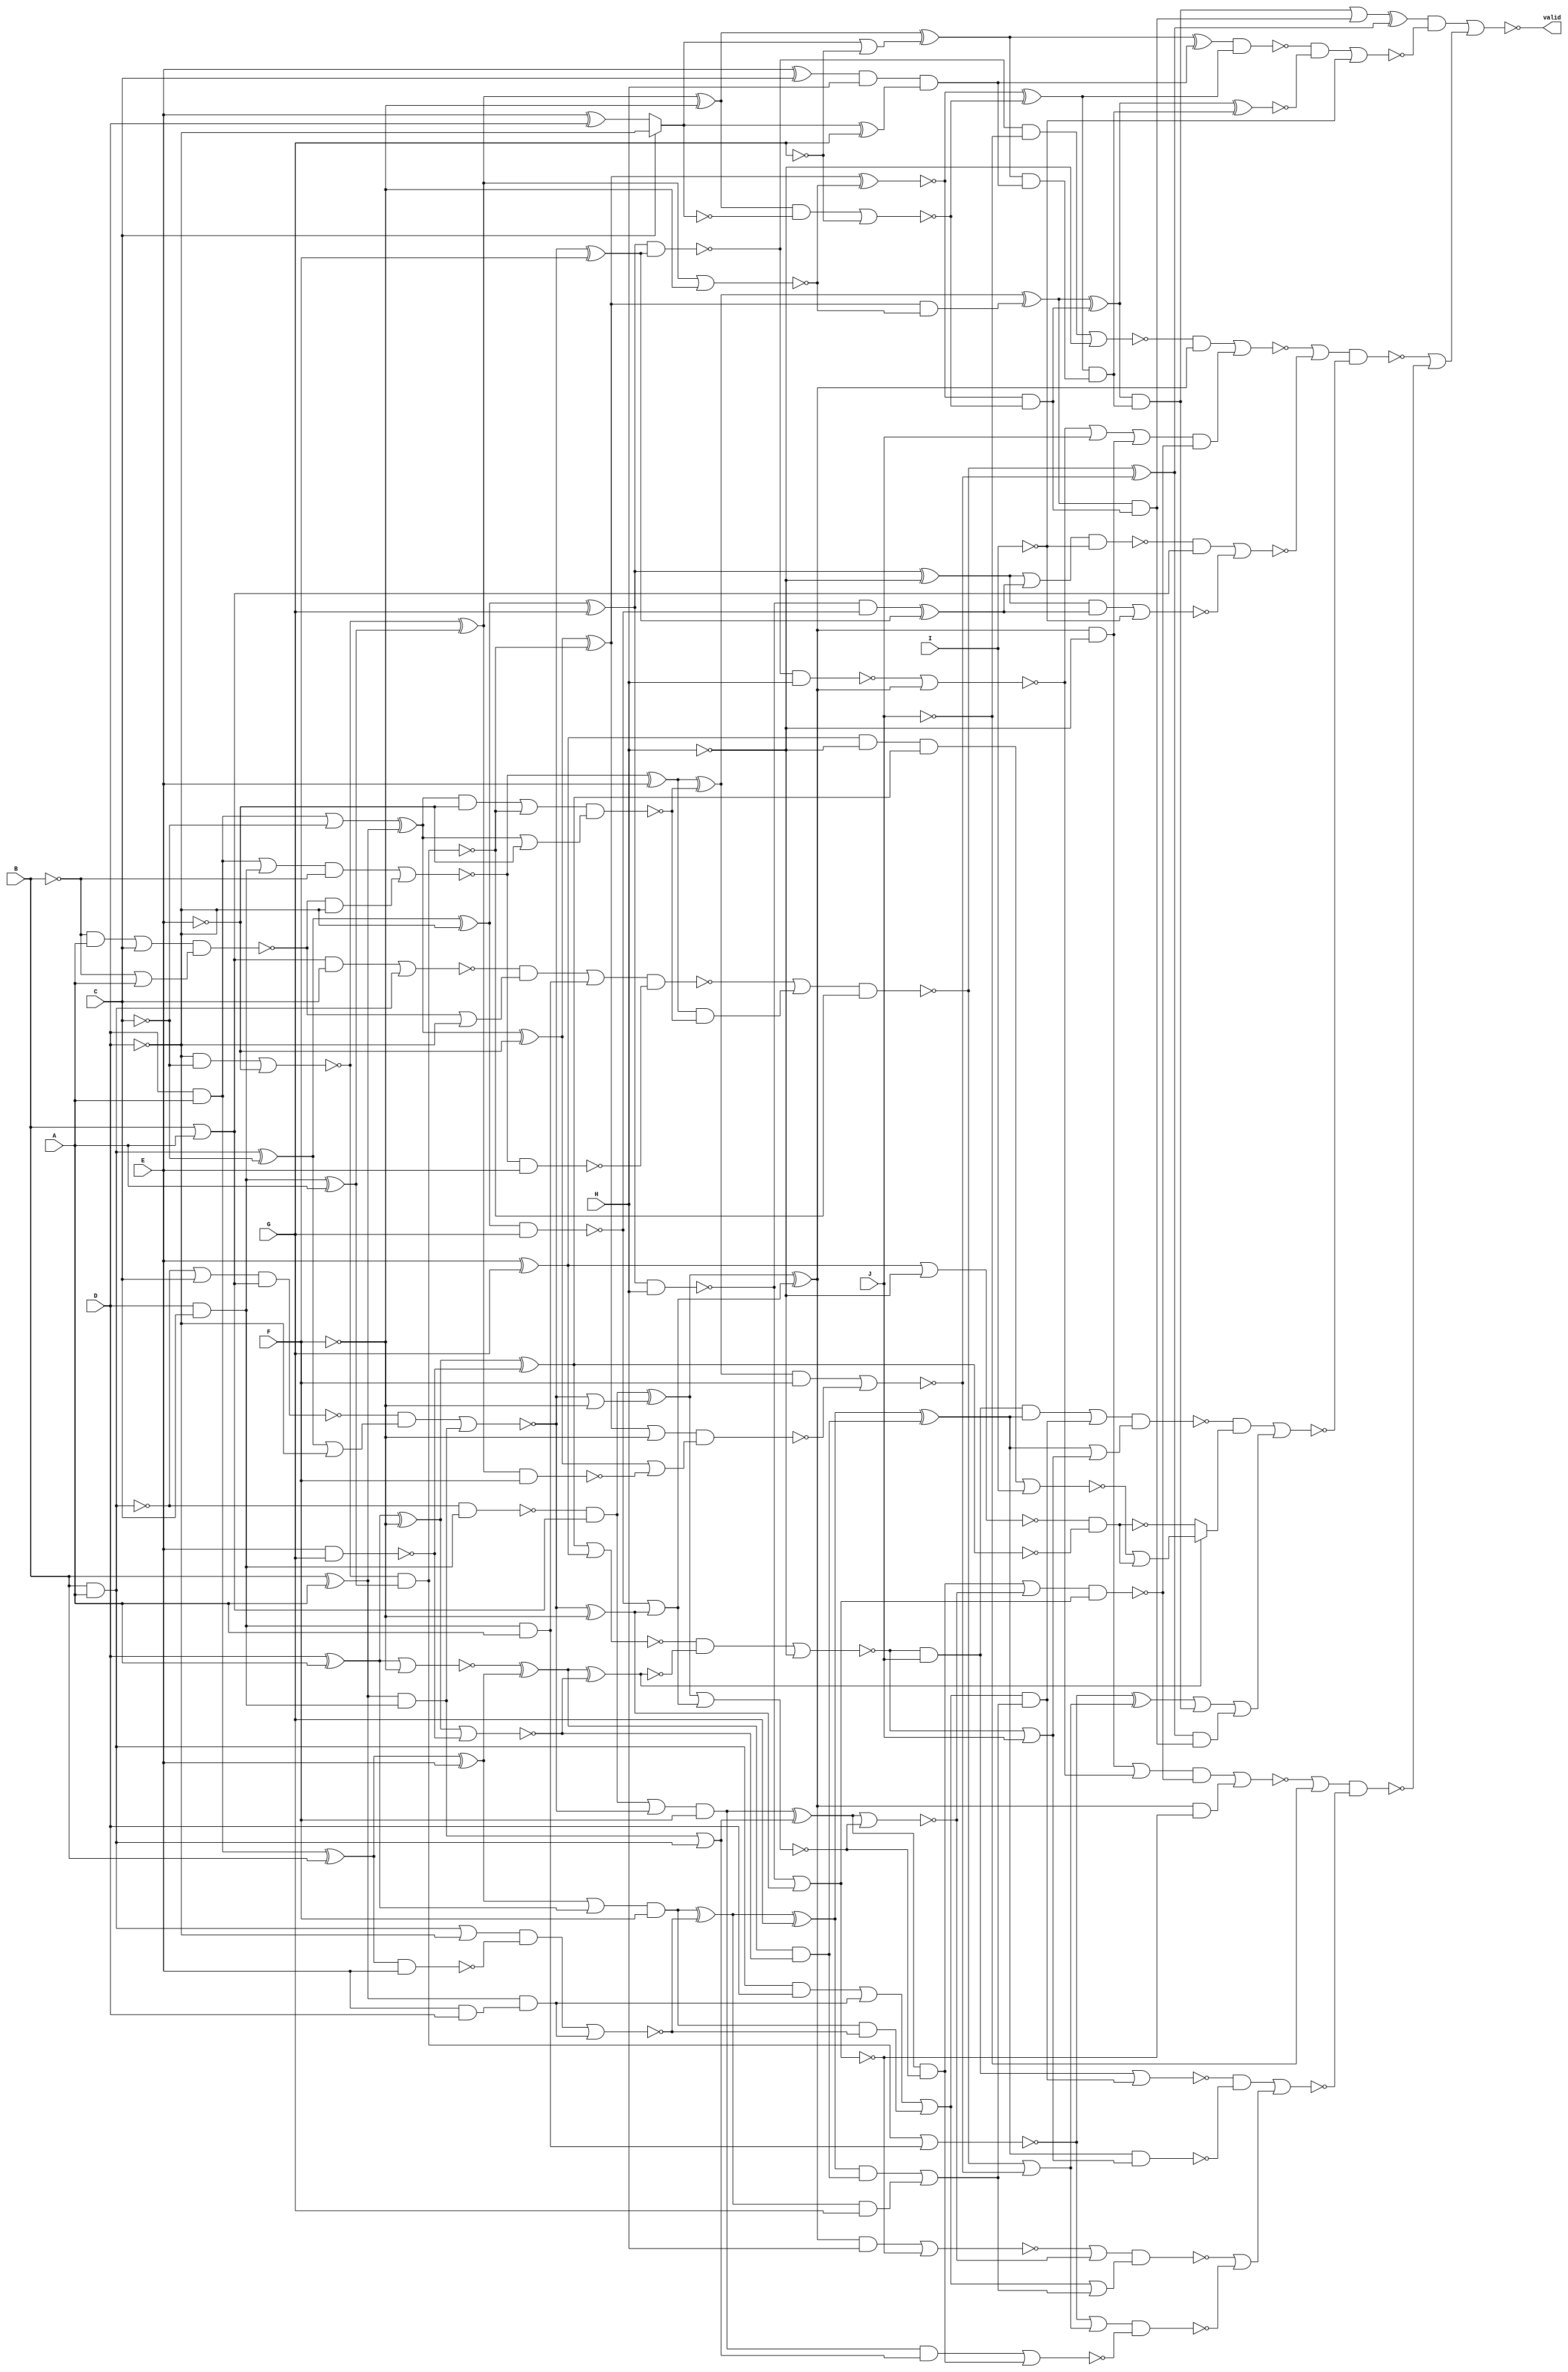
/* Generated by Yosys 0.7 (git sha1 61f6811, gcc 5.4.0-6ubuntu1~16.04.4 -O2 -fstack-protector-strong -fPIC -Os) */

(* top =  1  *)
(* src = "var10_multi.v:2" *)
module var10_multi(A, B, C, D, E, F, G, H, I, J, valid);
  wire _000_;
  wire _001_;
  wire _002_;
  wire _003_;
  wire _004_;
  wire _005_;
  wire _006_;
  wire _007_;
  wire _008_;
  wire _009_;
  wire _010_;
  wire _011_;
  wire _012_;
  wire _013_;
  wire _014_;
  wire _015_;
  wire _016_;
  wire _017_;
  wire _018_;
  wire _019_;
  wire _020_;
  wire _021_;
  wire _022_;
  wire _023_;
  wire _024_;
  wire _025_;
  wire _026_;
  wire _027_;
  wire _028_;
  wire _029_;
  wire _030_;
  wire _031_;
  wire _032_;
  wire _033_;
  wire _034_;
  wire _035_;
  wire _036_;
  wire _037_;
  wire _038_;
  wire _039_;
  wire _040_;
  wire _041_;
  wire _042_;
  wire _043_;
  wire _044_;
  wire _045_;
  wire _046_;
  wire _047_;
  wire _048_;
  wire _049_;
  wire _050_;
  wire _051_;
  wire _052_;
  wire _053_;
  wire _054_;
  wire _055_;
  wire _056_;
  wire _057_;
  wire _058_;
  wire _059_;
  wire _060_;
  wire _061_;
  wire _062_;
  wire _063_;
  wire _064_;
  wire _065_;
  wire _066_;
  wire _067_;
  wire _068_;
  wire _069_;
  wire _070_;
  wire _071_;
  wire _072_;
  wire _073_;
  wire _074_;
  wire _075_;
  wire _076_;
  wire _077_;
  wire _078_;
  wire _079_;
  wire _080_;
  wire _081_;
  wire _082_;
  wire _083_;
  wire _084_;
  wire _085_;
  wire _086_;
  wire _087_;
  wire _088_;
  wire _089_;
  wire _090_;
  wire _091_;
  wire _092_;
  wire _093_;
  wire _094_;
  wire _095_;
  wire _096_;
  wire _097_;
  wire _098_;
  wire _099_;
  wire _100_;
  wire _101_;
  wire _102_;
  wire _103_;
  wire _104_;
  wire _105_;
  wire _106_;
  wire _107_;
  wire _108_;
  wire _109_;
  wire _110_;
  wire _111_;
  wire _112_;
  wire _113_;
  wire _114_;
  wire _115_;
  wire _116_;
  wire _117_;
  wire _118_;
  wire _119_;
  wire _120_;
  wire _121_;
  wire _122_;
  wire _123_;
  wire _124_;
  wire _125_;
  wire _126_;
  wire _127_;
  wire _128_;
  wire _129_;
  wire _130_;
  wire _131_;
  wire _132_;
  wire _133_;
  wire _134_;
  wire _135_;
  wire _136_;
  wire _137_;
  wire _138_;
  wire _139_;
  wire _140_;
  wire _141_;
  wire _142_;
  wire _143_;
  wire _144_;
  wire _145_;
  wire _146_;
  wire _147_;
  wire _148_;
  wire _149_;
  wire _150_;
  wire _151_;
  wire _152_;
  wire _153_;
  wire _154_;
  wire _155_;
  wire _156_;
  wire _157_;
  wire _158_;
  wire _159_;
  wire _160_;
  wire _161_;
  wire _162_;
  wire _163_;
  wire _164_;
  wire _165_;
  wire _166_;
  wire _167_;
  wire _168_;
  wire _169_;
  wire _170_;
  wire _171_;
  wire _172_;
  wire _173_;
  wire _174_;
  wire _175_;
  wire _176_;
  wire _177_;
  (* src = "var10_multi.v:3" *)
  input A;
  (* src = "var10_multi.v:3" *)
  input B;
  (* src = "var10_multi.v:3" *)
  input C;
  (* src = "var10_multi.v:3" *)
  input D;
  (* src = "var10_multi.v:3" *)
  input E;
  (* src = "var10_multi.v:3" *)
  input F;
  (* src = "var10_multi.v:3" *)
  input G;
  (* src = "var10_multi.v:3" *)
  input H;
  (* src = "var10_multi.v:3" *)
  input I;
  (* src = "var10_multi.v:3" *)
  input J;
  (* src = "var10_multi.v:9" *)
  wire [7:0] total_value;
  (* src = "var10_multi.v:4" *)
  output valid;
  assign _020_ = ~I;
  assign _031_ = ~D;
  assign _042_ = E ^ D;
  assign _053_ = C ? _031_ : _042_;
  assign _064_ = _053_ ^ G;
  assign _075_ = E ^ C;
  assign _086_ = _075_ & H;
  assign _097_ = _086_ & _064_;
  assign _098_ = ~G;
  assign _099_ = _053_ | _098_;
  assign _100_ = ~F;
  assign _101_ = D & C;
  assign _102_ = _101_ ^ A;
  assign _103_ = ~C;
  assign _104_ = ~E;
  assign _105_ = ~((_031_ & _103_) | _104_);
  assign _106_ = _105_ ^ _102_;
  assign _107_ = _106_ ^ _100_;
  assign _108_ = _107_ ^ _099_;
  assign _109_ = _108_ & _097_;
  assign _110_ = ~_053_;
  assign _111_ = ~((_107_ & _110_) | _098_);
  assign _112_ = ~(_106_ | _100_);
  assign _113_ = ~(_105_ & _102_);
  assign _114_ = B ^ A;
  assign _115_ = D & A;
  assign _116_ = _115_ | _103_;
  assign _117_ = _116_ ^ _114_;
  assign _118_ = _117_ ^ _104_;
  assign _119_ = _118_ ^ _113_;
  assign _120_ = ~(_119_ ^ _112_);
  assign _121_ = _120_ ^ _111_;
  assign _122_ = _121_ & _109_;
  assign _123_ = _120_ & _111_;
  assign _124_ = _119_ & _112_;
  assign _125_ = _117_ | _104_;
  assign _126_ = _117_ & _104_;
  assign _127_ = ~((_126_ | _113_) & _125_);
  assign _128_ = ~B;
  assign _129_ = _128_ | A;
  assign _130_ = _128_ & A;
  assign _131_ = ~((_130_ | C) & _129_);
  assign _132_ = _115_ | _101_;
  assign _133_ = ~((_132_ & _128_) | (_131_ & _031_));
  assign _134_ = _133_ ^ E;
  assign _135_ = _134_ ^ _127_;
  assign _136_ = _135_ ^ _124_;
  assign _137_ = _136_ ^ _123_;
  assign _138_ = ~(_137_ ^ _122_);
  assign _139_ = _108_ ^ _097_;
  assign _140_ = ~(_139_ & _121_);
  assign _141_ = ~((_140_ & _138_) | _020_);
  assign _142_ = ~(_106_ & F);
  assign _143_ = ~((_119_ | _100_) & (_118_ | _142_));
  assign _144_ = ~((_135_ & F) | _143_);
  assign _145_ = _134_ & _127_;
  assign _146_ = _101_ & A;
  assign _147_ = ~(_133_ & E);
  assign _148_ = _131_ | _031_;
  assign _149_ = B & A;
  assign _150_ = B | A;
  assign _151_ = ~((_150_ & C) | _149_);
  assign _152_ = _151_ & _148_;
  assign _153_ = ~((_152_ | _146_) & _147_);
  assign _154_ = ~((_153_ | _145_) & _113_);
  assign _155_ = _154_ ^ _144_;
  assign _156_ = _136_ & _123_;
  assign _157_ = _137_ & _122_;
  assign _158_ = _157_ | _156_;
  assign _159_ = _158_ ^ _155_;
  assign _160_ = ~J;
  assign _161_ = _114_ & _101_;
  assign _162_ = _149_ ^ _103_;
  assign _163_ = _162_ | _031_;
  assign _164_ = ~(B & A);
  assign _165_ = ~((_164_ | C) & _150_);
  assign _166_ = ~((_165_ & _163_) | _161_);
  assign _167_ = _166_ ^ _100_;
  assign _168_ = _162_ ^ _031_;
  assign _169_ = _168_ ^ G;
  assign _170_ = ~(_169_ & H);
  assign _171_ = ~(_170_ | _167_);
  assign _172_ = ~_171_;
  assign _173_ = ~(_168_ & G);
  assign _174_ = _173_ | _167_;
  assign _175_ = _166_ | _100_;
  assign _176_ = ~(_164_ & _101_);
  assign _177_ = _176_ & _150_;
  assign _000_ = _177_ ^ _175_;
  assign _001_ = ~(_000_ | _174_);
  assign _002_ = _161_ | _149_;
  assign _003_ = _177_ | _166_;
  assign _004_ = _003_ & F;
  assign _005_ = _004_ ^ _002_;
  assign _006_ = ~(_005_ | _001_);
  assign _007_ = _005_ & _001_;
  assign _008_ = ~((_007_ | _006_) & _172_);
  assign _009_ = _000_ ^ _174_;
  assign _010_ = _166_ ^ F;
  assign _011_ = ~(_169_ & _010_);
  assign _012_ = ~(_011_ & H);
  assign _013_ = ~(_012_ | _009_);
  assign _014_ = ~H;
  assign _015_ = _009_ & _014_;
  assign _016_ = _015_ | _013_;
  assign _017_ = ~((_016_ & _008_) | (_009_ & _171_));
  assign _018_ = ~(E & G);
  assign _019_ = D ^ A;
  assign _021_ = _019_ ^ _100_;
  assign _022_ = ~(_021_ | _018_);
  assign _023_ = _115_ ^ B;
  assign _024_ = _023_ ^ E;
  assign _025_ = ~(_019_ | _100_);
  assign _026_ = _025_ ^ _024_;
  assign _027_ = ~(_026_ ^ _022_);
  assign _028_ = E ^ G;
  assign _029_ = ~(_021_ ^ _018_);
  assign _030_ = ~_029_;
  assign _032_ = ~(_030_ | _028_);
  assign _033_ = ~((_032_ & _027_) | _014_);
  assign _034_ = _033_ | J;
  assign _035_ = _026_ & _022_;
  assign _036_ = E & D;
  assign _037_ = _114_ & _036_;
  assign _038_ = ~(_023_ & E);
  assign _039_ = _149_ | _031_;
  assign _040_ = ~((_039_ & _038_) | _037_);
  assign _041_ = _024_ | _019_;
  assign _043_ = _041_ & F;
  assign _044_ = _043_ ^ _040_;
  assign _045_ = _044_ ^ G;
  assign _046_ = _045_ ^ _035_;
  assign _047_ = ~(_046_ & _034_);
  assign _048_ = _044_ & G;
  assign _049_ = _045_ & _035_;
  assign _050_ = _049_ | _048_;
  assign _051_ = _043_ & _040_;
  assign _052_ = _149_ & D;
  assign _054_ = _052_ | _037_;
  assign _055_ = _054_ | _051_;
  assign _056_ = _055_ & _050_;
  assign _057_ = _033_ & J;
  assign _058_ = ~(_057_ | _056_);
  assign _059_ = _154_ | _144_;
  assign _060_ = ~((_105_ & _102_) | _146_);
  assign _061_ = ~((_004_ & _002_) | _007_);
  assign _062_ = ~((_060_ | _059_) & _061_);
  assign _063_ = ~((_009_ & H) | _171_);
  assign _065_ = ~((_063_ | _006_) & (_055_ | _050_));
  assign _066_ = _065_ | _062_;
  assign _067_ = ~((_058_ & _047_) | _066_);
  assign _068_ = ~((_017_ | _160_) & _067_);
  assign _069_ = _170_ & _173_;
  assign _070_ = _069_ ^ _010_;
  assign _071_ = _169_ ^ _014_;
  assign _072_ = ~((_071_ & _070_) | _020_);
  assign _073_ = ~((_071_ | _070_) & _020_);
  assign _074_ = ~((_073_ & _150_) | _072_);
  assign _076_ = _013_ | J;
  assign _077_ = _076_ | _015_;
  assign _078_ = ~((_011_ & _160_) | _014_);
  assign _079_ = ~((_078_ & _009_) | (_077_ & _008_));
  assign _080_ = ~(_028_ | _014_);
  assign _081_ = _080_ & _029_;
  assign _082_ = ~_081_;
  assign _083_ = _028_ & _014_;
  assign _084_ = ~((_083_ & _030_) | I);
  assign _085_ = _084_ | _081_;
  assign _087_ = _027_ ? _082_ : _085_;
  assign _088_ = _057_ & _046_;
  assign _089_ = ~((_088_ | _056_) & (_046_ | _034_));
  assign _090_ = _155_ & _156_;
  assign _091_ = _060_ ^ _059_;
  assign _092_ = _091_ | _157_;
  assign _093_ = _092_ | _090_;
  assign _094_ = ~((_089_ & _087_) | _093_);
  assign _095_ = ~((_079_ | _074_) & _094_);
  assign _096_ = _095_ | _068_;
  assign valid = ~((_159_ & _141_) | _096_);
  assign total_value[0] = J;
endmodule